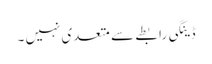
ڈینگی رابطے سے متعدی نہیں ۔